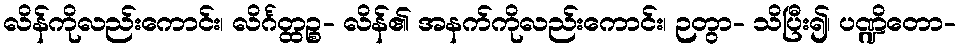
လိန်ကိုလည်းကောင်း၊ လိင်္ဂတ္ထဉ္စ- လိန်၏ အနက်ကိုလည်းကောင်း၊ ဉတွာ- သိပြီး၍၊ ပဏ္ဍိတော-